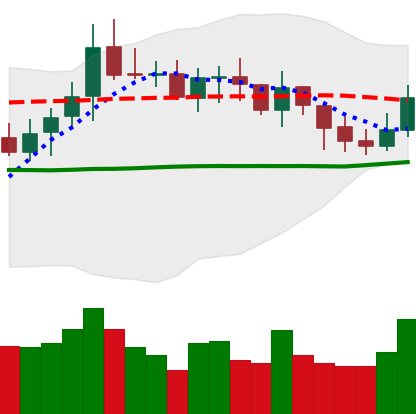
Ticker: XMR-USD
Chart end date: 2021-10-21
Forward return: 3.52%
Label: up_3_5